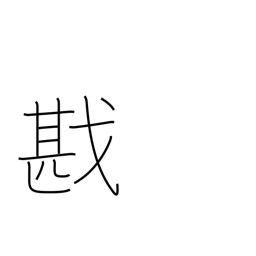
Meaning: victory